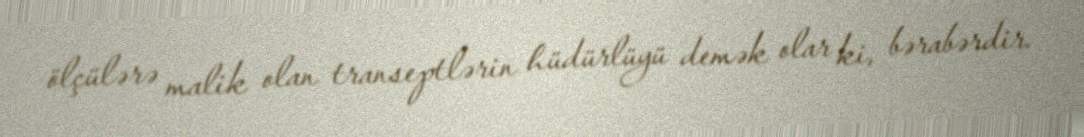
ölçülərə malik olan transeptlərin hüdürlüyü demək olar ki, bərabərdir.